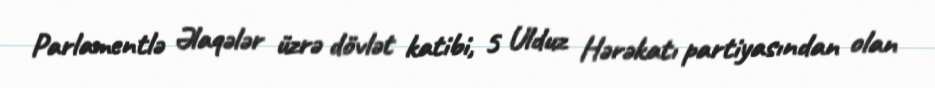
Parlamentlə Əlaqələr üzrə dövlət katibi, 5 Ulduz Hərəkatı partiyasından olan